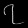
Digit: ၇